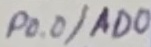
Text: P0.0/AD0